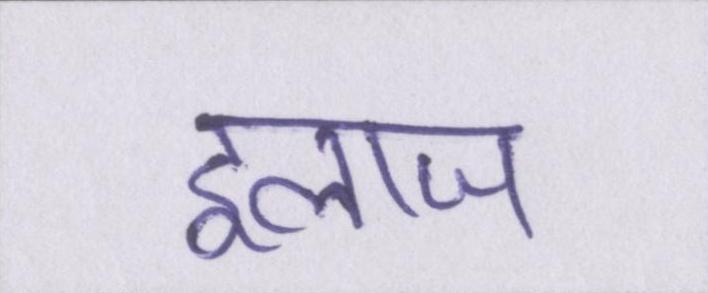
इलाज